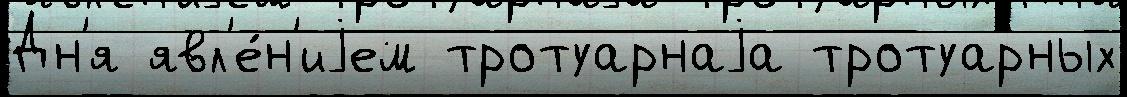
Дн'я явл'е́н'иjем тротуарнаjа тротуарных